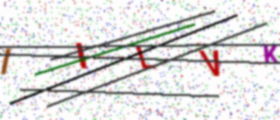
Text: IILVK